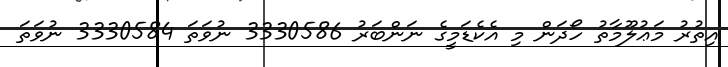
އިތުރު މަޢުލޫމާތު ހޯދަން މި އެކެޑަމީގެ ނަންބަރު 3330586 ނުވަތަ 3330584 ނުވަތަ